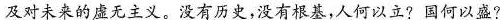
及对未来的虚无主义。没有历史，没有根基，人何以立?国何以盛?